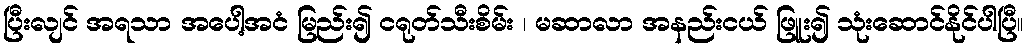
ပြီးလျင် အရသာ အပေါ့အငံ မြည်း၍ ငရုတ်သီးစိမ်း ၊ မဆာလာ အနည်းငယ် ဖြူး၍ သုံးဆောင်နိုင်ပါပြီ။